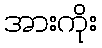
အားကိုး